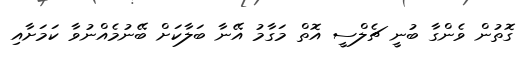
ގޮތުން ވެންގާ ބުނީ ޗެލްސީ އޮތް މަގާމު އޭނާ ބަލާކަށް ބޭނުމެއްނުވާ ކަމަށާއި